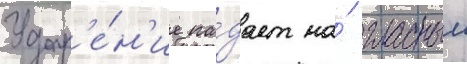
Удар'е́н'ие па́дает на́ гласныи